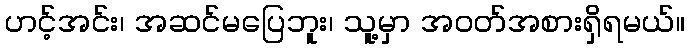
ဟင့်အင်း၊ အဆင်မပြေဘူး၊ သူ့မှာ အဝတ်အစားရှိရမယ်။